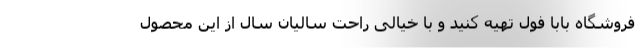
فروشگاه بابا فول تهیه کنید و با خیالی راحت سالیان سال از این محصول